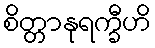
စိတ္တာနုရက္ခီဟိ